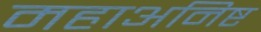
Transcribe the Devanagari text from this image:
महाअनिष्ट